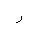
Letter: _ra